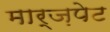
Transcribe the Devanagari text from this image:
मार्ज़पेट